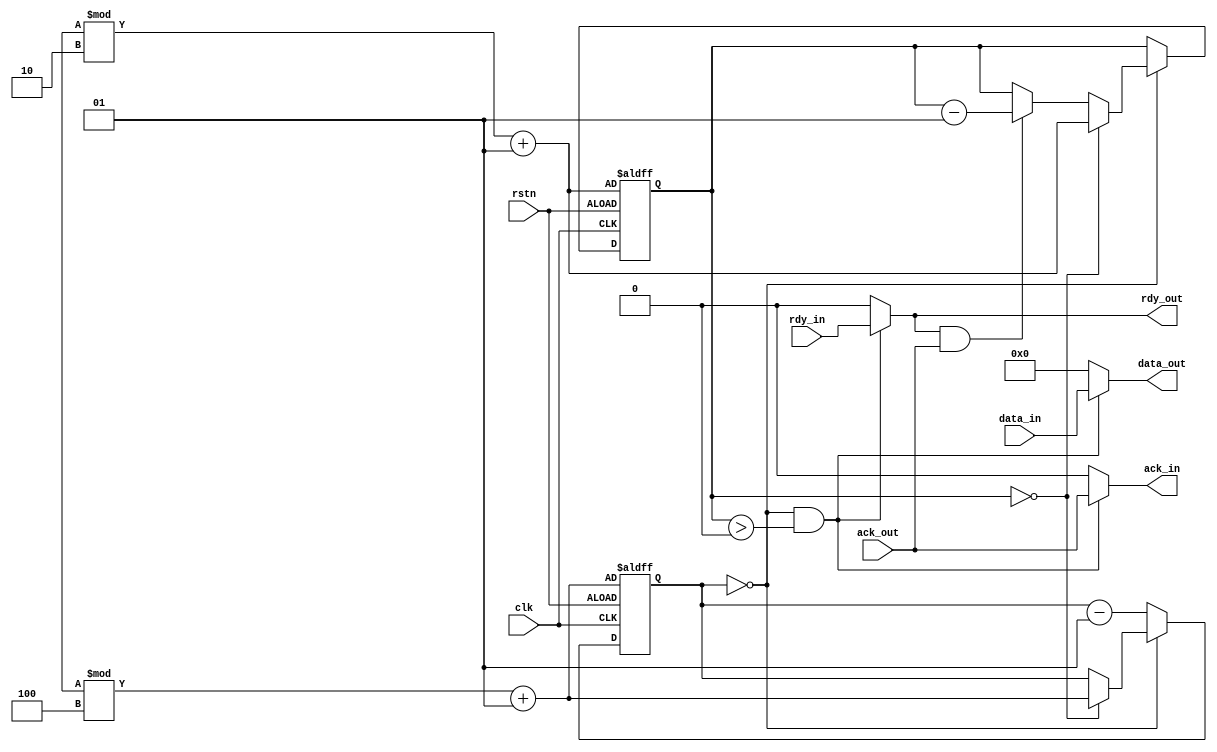
module rand_staller (
    input   clk,
    input   rstn,
    input   rdy_in,
    output  ack_in,
    input [DATA_W-1:0] data_in,
    output  rdy_out,
    input   ack_out,
    output [DATA_W-1:0] data_out
);

parameter ENABLED   = 1;
parameter DATA_W    = 32;
parameter BURST_MIN = 1;
parameter BURST_MAX = 3;
parameter STALL_MIN = 1;
parameter STALL_MAX = 5;

integer burst;
integer stall;

function integer randomize(input integer MIN, MAX);
integer range;
begin
    range = MAX - MIN;
    randomize = $urandom % range;
    randomize = randomize + MIN;
end
endfunction

wire              ack_in;
wire              rdy_out;
wire [DATA_W-1:0] data_out;

generate
    if (ENABLED) begin
        //Sanity check
        initial begin
            //Start stalled to avoid undefined behaviour at reset
            stall = STALL_MAX;
            burst = BURST_MAX;
            
            if (BURST_MIN < 1) begin
                $display("ERROR: BURST_MIN must be set > 0");
                $finish;
            end
            
            if (STALL_MIN < 0) begin
                $display("ERROR: STALL_MIN < 0");
                $finish;
            end
            
            if (BURST_MIN < 0) begin
                $display("ERROR: BURST_MIN < 0");
                $finish;
            end
            
            if (BURST_MAX < BURST_MIN) begin
                $display("ERROR: BURST_MAX is less than BURST_MIN");
                $finish;
            end
            if (STALL_MAX < STALL_MIN) begin
                $display("ERROR: STALL_MAX is less than STALL_MIN");
                $finish;
            end
            
            $display("INFO: Staller enabled - stall %d:%d burst %d:%d", 
                STALL_MIN, STALL_MAX, BURST_MIN, BURST_MAX);
        end
        
        assign rdy_out = (stall == 0 && burst > 0) ? rdy_in : 1'b0;
        assign data_out = (stall == 0 && burst > 0) ? data_in : 1'b0;
        assign ack_in = (stall == 0 && burst > 0) ? ack_out : 1'b0;
        
        //Control stall/burst in sync proc
        always @ (posedge clk, negedge rstn) begin
            if (!rstn) begin
                stall = randomize(STALL_MIN, STALL_MAX);
                burst = randomize(BURST_MIN, BURST_MAX);
            end
            else if (clk) begin
                if (stall == 0) begin
                    //Reset the delays
                    if (burst == 0) begin
                        stall = randomize(STALL_MIN, STALL_MAX);
                        burst = randomize(BURST_MIN, BURST_MAX);
                    end
                    //Only decrement burst when ack is up
                    else if (rdy_out && ack_out) begin
                        burst = burst - 1;
                    end
                end
                else begin
                    stall = stall - 1;
                end
            end    
        end
    end
    //Staller disabled
    else begin
        //Bypass
        assign ack_in = ack_out;
        assign rdy_out = rdy_in;
        assign data_out = data_in;
    end
endgenerate

endmodule